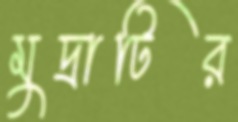
মুদ্রাটির